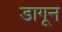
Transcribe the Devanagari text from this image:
डागून